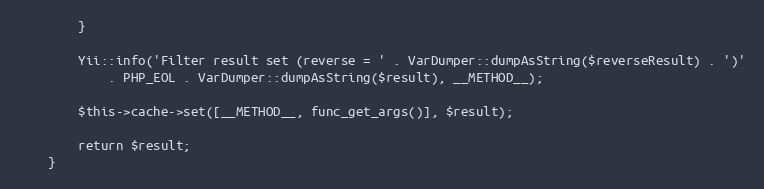
Language: PHP
        }

        Yii::info('Filter result set (reverse = ' . VarDumper::dumpAsString($reverseResult) . ')'
            . PHP_EOL . VarDumper::dumpAsString($result), __METHOD__);

        $this->cache->set([__METHOD__, func_get_args()], $result);

        return $result;
    }